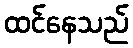
ထင်နေသည်